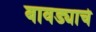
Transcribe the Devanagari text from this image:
बावड्याचे